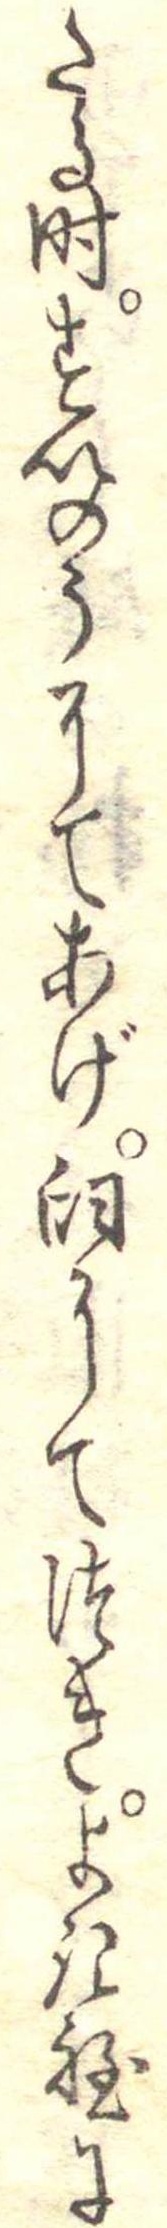
たる時すいのうにてあげ臼にてつきよき程に